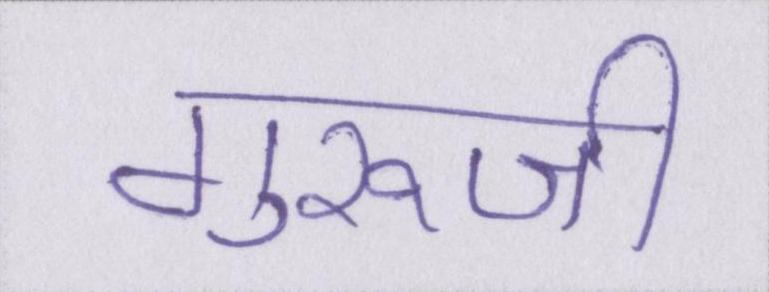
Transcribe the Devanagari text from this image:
गुरूजी